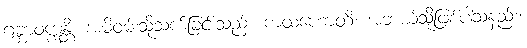
ဂဗ္ဘာဝက္ကန္တိ၊ အမိဝမ်းသို့သက်ခြင်းသည်။ ကထံဟောတိ၊ အဘယ်သို့ဖြစ်ပါသနည်း။